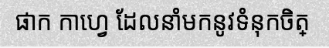
ផាក កាហ្វេ ដែលនាំមកនូវទំនុកចិត្